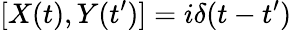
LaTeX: [X(t),Y(t^{\prime})]=i\delta(t-t^{\prime})